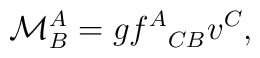
\mathcal{M}^A_B=g {f^A}_{CB}v^C,